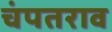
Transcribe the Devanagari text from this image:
चंपतराव